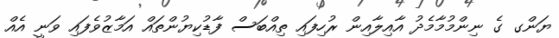
ޔަންގ ގެ ނިންމުމާމެދު އާއިލާއިން ރުހިފައި ތިއްބަސް ފާޑުކިޔުންތައް އަމާޒުވެފައި ވަނީ އެއް